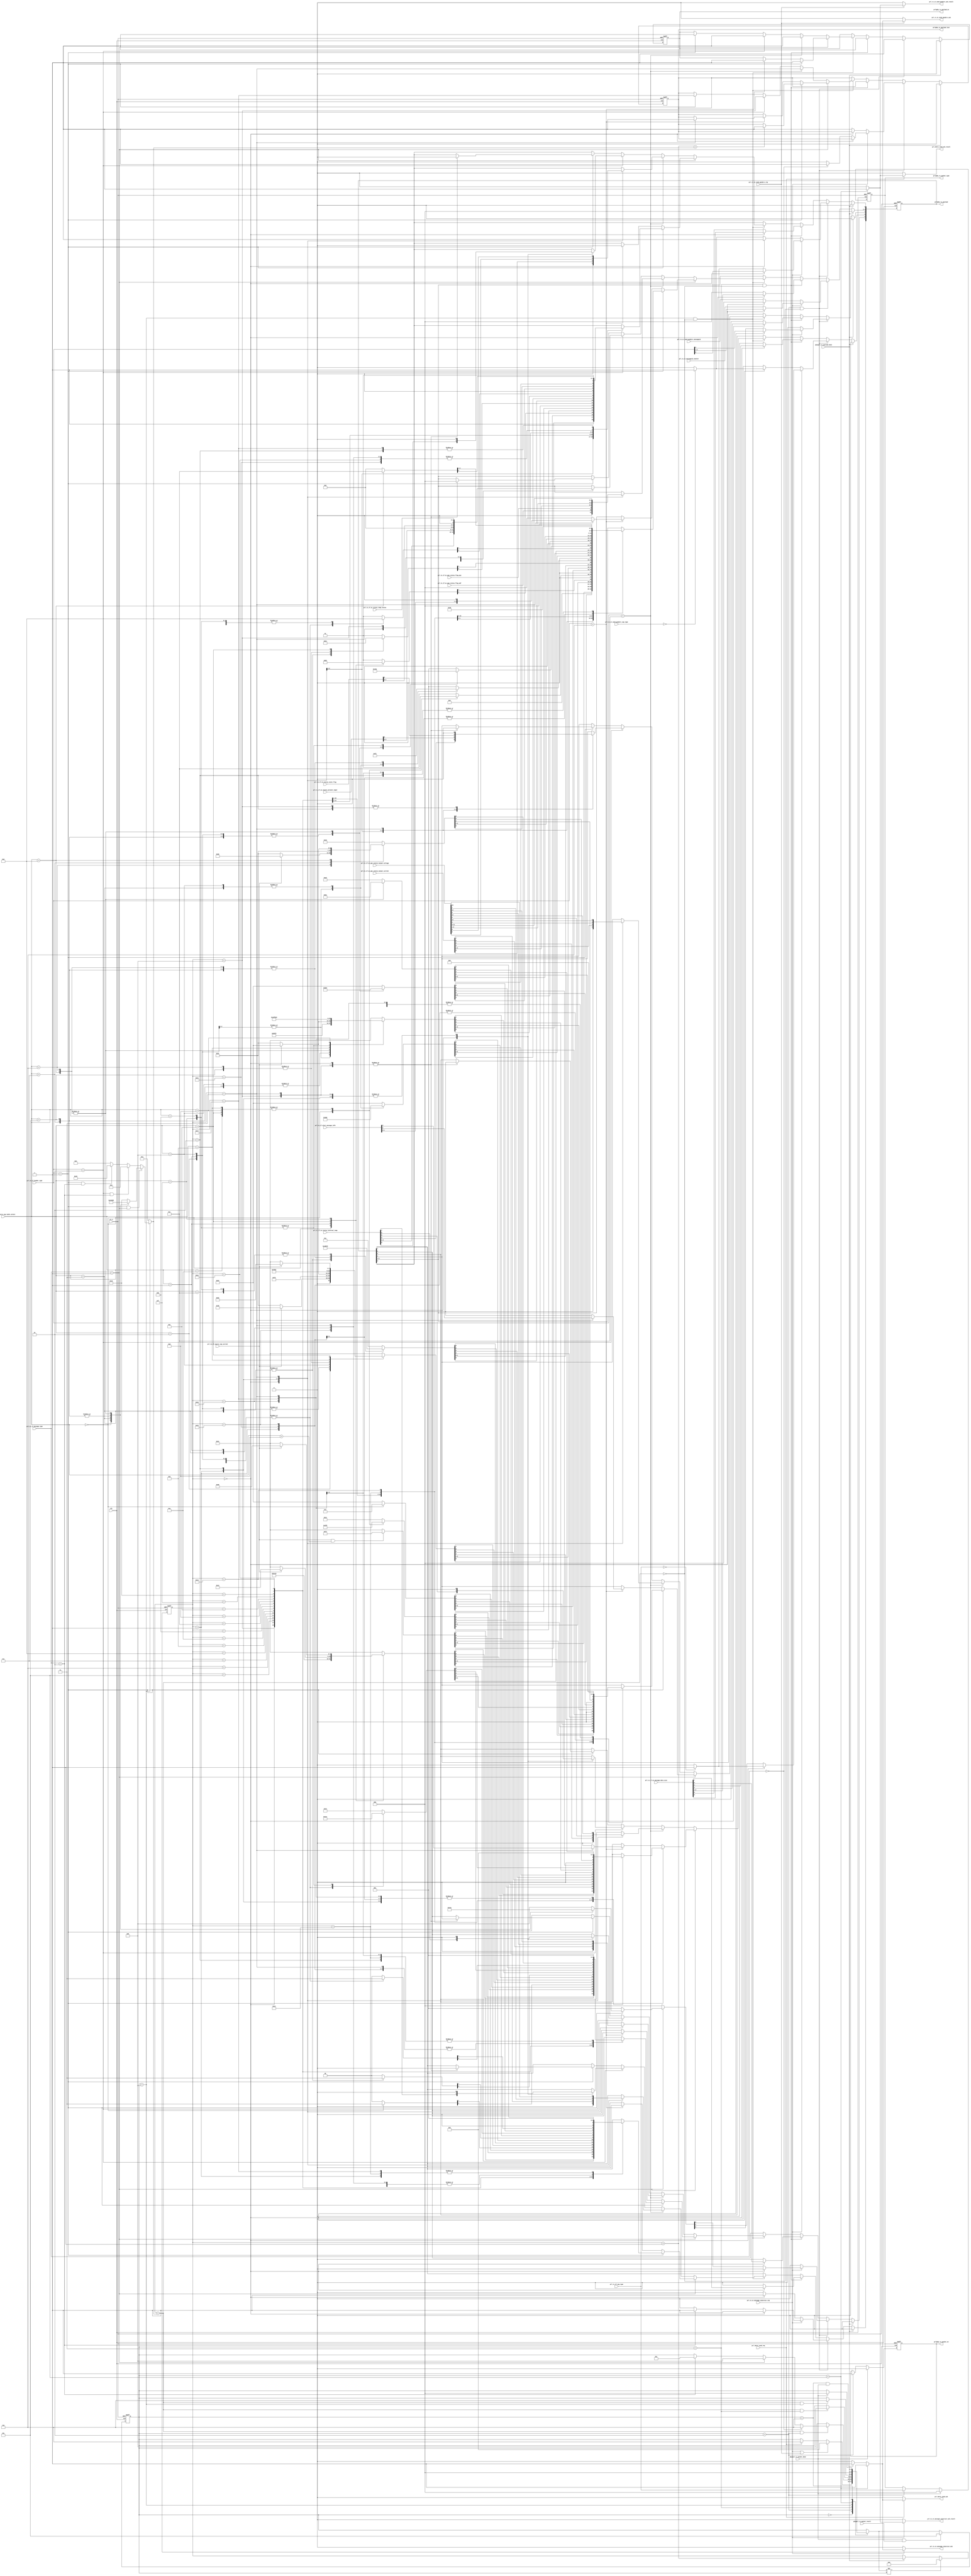
`timescale 1ns / 1ps
//////////////////////////////////////////////////////////////////////////////////
// Company: 
// Engineer: 
// 
// Design Name: 
// Module Name:    prl_tx_message_path 
// Project Name: 
// Target Devices: 
// Tool versions: 
// Description: 
//
// Dependencies: 
//
// Revision: 
// Revision 0.01 - File Created
// Additional Comments: 
//
//////////////////////////////////////////////////////////////////////////////////
module prl_tx_message_path(
    clk,
    rst_n,

    //prl&phy tx control if
    prl2phy_tx_packet_en,
    prl2phy_tx_packet_type,
    phy2prl_tx_packet_done,
    phy2prl_tx_packet_result,

    //prl&phy tx data if
    prl2phy_tx_payload_en,
    prl2phy_tx_payload,
    prl2phy_tx_payload_last,
    phy2prl_tx_payload_done,

    //prl tx if message decode 
    prl_tx_if_sop_type,
    prl_tx_if_message_type,
    prl_tx_if_header_type,


    prl_tx_if_source_cap_table_select,
    prl_tx_if_source_cap_current,

    prl_tx_if_alert_message_info,

    prl_tx_if_ex_message_data_size,

    prl_tx_if_ex_pps_status_flag_omf,
    prl_tx_if_ex_pps_status_flag_ptp,
    prl_tx_if_ex_pps_status_output_current,
    prl_tx_if_ex_pps_status_output_voltage,

    prl_tx_if_ex_status_temp_status,
    prl_tx_if_ex_status_event_flag,
    prl_tx_if_ex_status_present_input,
    prl_tx_if_ex_status_internal_temp,

    //prl tx st signal
    prl_tx_st_message_construct_req,
    prl_tx_st_messageid_counter,
    prl_tx_st_message_construct_ack,
    prl_tx_st_message_construct_ack_result,

    //prl rx construct signal
    prl_rx_st_send_goodcrc_req,
    prl_rx_st_send_goodcrc_sop_type,
    prl_rx_st_send_goodcrc_messageid,
    prl_rx_st_send_goodcrc_ack,
    prl_rx_st_send_goodcrc_ack_result,

    //prl hdrst construct signal
    prl_hdrst_send_req,
    prl_hdrst_send_ack,
    prl_hdrst_send_ack_result
);

input              clk;
input              rst_n;

//prl&phy tx control if
output             prl2phy_tx_packet_en;
output   [ 2:0]    prl2phy_tx_packet_type;
input              phy2prl_tx_packet_done;
input              phy2prl_tx_packet_result;

output             prl2phy_tx_payload_en;
output   [ 7:0]    prl2phy_tx_payload;
output             prl2phy_tx_payload_last;
input              phy2prl_tx_payload_done;

//prl tx if message decode 
input    [ 2:0]    prl_tx_if_sop_type;
input    [ 1:0]    prl_tx_if_message_type;
input    [ 4:0]    prl_tx_if_header_type;

input    [ 3:0]    prl_tx_if_source_cap_table_select;
input              prl_tx_if_source_cap_current;

input    [ 3:0]    prl_tx_if_alert_message_info;

input    [ 8:0]    prl_tx_if_ex_message_data_size;

input              prl_tx_if_ex_pps_status_flag_omf;
input              prl_tx_if_ex_pps_status_flag_ptp;
input    [ 7:0]    prl_tx_if_ex_pps_status_output_current;
input    [15:0]    prl_tx_if_ex_pps_status_output_voltage;

input    [ 1:0]    prl_tx_if_ex_status_temp_status;
input    [ 2:0]    prl_tx_if_ex_status_event_flag;
input    [ 3:0]    prl_tx_if_ex_status_present_input;
input    [ 7:0]    prl_tx_if_ex_status_internal_temp;
//prl tx st signal
input              prl_tx_st_message_construct_req;
input    [ 2:0]    prl_tx_st_messageid_counter;
output             prl_tx_st_message_construct_ack;
output             prl_tx_st_message_construct_ack_result;


//prl rx construct signal
input              prl_rx_st_send_goodcrc_req;
input    [ 1:0]    prl_rx_st_send_goodcrc_sop_type;
input    [ 2:0]    prl_rx_st_send_goodcrc_messageid;
output             prl_rx_st_send_goodcrc_ack;
output             prl_rx_st_send_goodcrc_ack_result;


//prl hdrst construct signal
input              prl_hdrst_send_req;
output             prl_hdrst_send_ack;
output             prl_hdrst_send_ack_result;



localparam PRL_TX_CONSTRUCT_IDLE                   = 3'h0;
localparam PRL_TX_CONSTRUCT_MESSAGE_HEADER         = 3'h2;
localparam PRL_TX_CONSTRUCT_MESSAGE_EXTENDED       = 3'h3;
localparam PRL_TX_CONSTRUCT_MESSAGE_DATA           = 3'h4;
localparam PRL_TX_CONSTRUCT_ERROR                  = 3'h5;
localparam PRL_TX_CONSTRUCT_DONE                   = 3'h6;

reg                prl2phy_tx_packet_en;
reg      [ 2:0]    prl2phy_tx_packet_type;
reg                prl2phy_tx_payload_en;

reg                prl_tx_st_message_construct_ack;
reg                prl_tx_st_message_construct_ack_result;
reg                prl_rx_st_send_goodcrc_ack;
reg                prl_rx_st_send_goodcrc_ack_result;
reg                prl_hdrst_send_ack;
reg                prl_hdrst_send_ack_result;

reg                [7:0] prl2phy_tx_payload;
reg                prl2phy_tx_payload_last;
wire               phy2prl_tx_payload_done;

reg                [4:0] prl_tx_construct_payload_cnt;
reg                [4:0] prl_tx_construct_payload_size;
wire               prl_tx_construct_payload_cnt_done;

reg                [2:0] prl_tx_construct_data_size;

reg                [2:0] prl_tx_construct_cur_st;
reg                [2:0] prl_tx_construct_nxt_st;
wire               prl_tx_construct_st_change;

wire               prl_tx_construct_st_is_idle;
wire               prl_tx_construct_st_is_control_message;
wire               prl_tx_construct_st_is_data_message;
wire               prl_tx_construct_st_is_extended_message;
wire               prl_tx_construct_st_is_error;
wire               prl_tx_construct_st_is_done;

wire               [1:0] prl_tx_if_message_type;
wire               [4:0] prl_tx_if_header_type;

wire               prl_tx_construct_message_extended_done;
wire               prl_tx_construct_message_data_done;
wire               prl_tx_construct_message_header_done;

//Capabilities Message 
reg                [31:0] prl_tx_construct_source_cap_data0;
reg                [31:0] prl_tx_construct_source_cap_data1;
reg                [31:0] prl_tx_construct_source_cap_data2;
reg                [31:0] prl_tx_construct_source_cap_data3;
reg                [31:0] prl_tx_construct_source_cap_data4;
reg                [31:0] prl_tx_construct_source_cap_data5;


//========================================================================================
//========================================================================================
//               PRL Message Construct State Machine
//========================================================================================
//========================================================================================

always @(posedge clk or negedge rst_n) begin
       if(!rst_n) begin
              prl_tx_construct_cur_st <= PRL_TX_CONSTRUCT_IDLE;
       end
       else if(phy2prl_tx_packet_done && phy2prl_tx_packet_result) begin
              prl_tx_construct_cur_st <= PRL_TX_CONSTRUCT_ERROR;
       end
       else begin
              prl_tx_construct_cur_st <= prl_tx_construct_nxt_st;
       end
end

assign prl_tx_construct_st_change = (prl_tx_construct_nxt_st != prl_tx_construct_cur_st);
assign prl_tx_construct_st_is_idle             = (prl_tx_construct_cur_st == PRL_TX_CONSTRUCT_IDLE);
assign prl_tx_construct_st_is_control_message  = (prl_tx_construct_cur_st == PRL_TX_CONSTRUCT_MESSAGE_HEADER);
assign prl_tx_construct_st_is_data_message     = (prl_tx_construct_cur_st == PRL_TX_CONSTRUCT_MESSAGE_DATA);
assign prl_tx_construct_st_is_extended_message = (prl_tx_construct_cur_st == PRL_TX_CONSTRUCT_MESSAGE_EXTENDED);
assign prl_tx_construct_st_is_error            = (prl_tx_construct_cur_st == PRL_TX_CONSTRUCT_ERROR);
assign prl_tx_construct_st_is_done             = (prl_tx_construct_cur_st == PRL_TX_CONSTRUCT_DONE);

always @(*) begin
        prl_tx_construct_nxt_st = prl_tx_construct_cur_st;

        case(prl_tx_construct_cur_st)
          PRL_TX_CONSTRUCT_IDLE: begin
            if(prl_tx_st_message_construct_req || prl_rx_st_send_goodcrc_req) begin
               prl_tx_construct_nxt_st = PRL_TX_CONSTRUCT_MESSAGE_HEADER;
            end
            else if(prl_hdrst_send_req ) begin
               prl_tx_construct_nxt_st = PRL_TX_CONSTRUCT_DONE;
            end
          end
          PRL_TX_CONSTRUCT_MESSAGE_HEADER: begin
            if(prl_tx_construct_message_header_done) begin
               if(prl_tx_if_message_type == 2'h0) begin  //control message
                  prl_tx_construct_nxt_st = PRL_TX_CONSTRUCT_DONE;
               end
               else if(prl_tx_if_message_type == 2'h1) begin  //data message
                  prl_tx_construct_nxt_st = PRL_TX_CONSTRUCT_MESSAGE_DATA;
               end
               else if(prl_tx_if_message_type == 2'h2) begin  //extended message
                  prl_tx_construct_nxt_st = PRL_TX_CONSTRUCT_MESSAGE_EXTENDED;
               end
            end
          end
          PRL_TX_CONSTRUCT_MESSAGE_EXTENDED: begin
            if(prl_tx_construct_message_extended_done) begin
               prl_tx_construct_nxt_st = PRL_TX_CONSTRUCT_MESSAGE_DATA;
            end
          end
          PRL_TX_CONSTRUCT_MESSAGE_DATA: begin
            if(prl_tx_construct_message_data_done) begin
               prl_tx_construct_nxt_st = PRL_TX_CONSTRUCT_DONE;
            end
          end
          PRL_TX_CONSTRUCT_ERROR: begin
               prl_tx_construct_nxt_st = PRL_TX_CONSTRUCT_IDLE;
          end
          PRL_TX_CONSTRUCT_DONE: begin
            if(phy2prl_tx_packet_done) begin
               prl_tx_construct_nxt_st = PRL_TX_CONSTRUCT_IDLE;
            end
          end
	  default;
        endcase
end

//tx construct control signal genereate
always @(posedge clk or negedge rst_n) begin
       if(!rst_n) begin
              prl_tx_construct_payload_cnt <= 5'h0;
       end
       else if(prl_tx_construct_st_change) begin
              prl_tx_construct_payload_cnt <= 5'h0;
       end
       else if(phy2prl_tx_payload_done) begin
              prl_tx_construct_payload_cnt <= prl_tx_construct_payload_cnt + 1'h1;
       end
end

assign prl_tx_construct_payload_cnt_done = (prl_tx_construct_payload_cnt == prl_tx_construct_payload_size);

always @(*) begin
        prl_tx_construct_payload_size = 5'h2;

       if(prl_tx_construct_st_is_data_message) begin
          if((prl_tx_if_header_type == 5'b0_0001) && (prl_tx_if_message_type == 2'h1)) begin   //source capbility
             case(prl_tx_if_source_cap_table_select)
                4'h0: begin
                   prl_tx_construct_payload_size = 5'd8;
                end
                4'h3: begin
                   prl_tx_construct_payload_size = 5'd12;
                end
                4'h5,4'h7: begin
                   prl_tx_construct_payload_size = 5'd20;
                end
                4'h6,4'h8: begin
                   prl_tx_construct_payload_size = 5'd24;
                end
                default: begin
                   prl_tx_construct_payload_size = 5'd16;
                end
             endcase
          end
          else if((prl_tx_if_header_type == 5'b0_0010) && (prl_tx_if_message_type == 2'h2)) begin   //status message 
                   prl_tx_construct_payload_size = 5'd5;
          end
          else if((prl_tx_if_header_type == 5'b0_0001) && (prl_tx_if_message_type == 2'h2)) begin   //source cap extended message 
                   prl_tx_construct_payload_size = 5'd24;
          end
          else begin
             prl_tx_construct_payload_size = 5'd4;
          end
       end
end


assign prl_tx_construct_message_header_done   = (prl_tx_construct_payload_cnt_done && prl_tx_construct_st_is_control_message);
assign prl_tx_construct_message_data_done     = (prl_tx_construct_payload_cnt_done && prl_tx_construct_st_is_data_message);
assign prl_tx_construct_message_extended_done = (prl_tx_construct_payload_cnt_done && prl_tx_construct_st_is_extended_message);


always @(*) begin
        prl_tx_construct_data_size = 3'h0;

       if(prl_tx_if_message_type == 2'h1) begin
          if(prl_tx_if_header_type == 5'b0_0001) begin   //source capbility
             case(prl_tx_if_source_cap_table_select)
                4'h0: begin
                   prl_tx_construct_data_size = 3'd2;
                end
                4'h3: begin
                   prl_tx_construct_data_size = 3'd3;
                end
                4'h5,4'h7: begin
                   prl_tx_construct_data_size = 3'd5;
                end
                4'h6,4'h8: begin
                   prl_tx_construct_data_size = 3'd6;
                end
                default: begin
                   prl_tx_construct_data_size = 3'd4;
                end
             endcase
          end
          else begin
             prl_tx_construct_data_size = 3'd1;
          end
       end
end

//========================================================================================
//========================================================================================
//               PRL Construct Message & ST IF
//========================================================================================
//========================================================================================
always @(*) begin

              prl_tx_st_message_construct_ack          = 1'h0;
              prl_tx_st_message_construct_ack_result   = 1'h0;

       if(prl_tx_st_message_construct_req) begin
           //if(!prl_tx_construct_st_is_idle) begin
           //       prl_tx_st_message_construct_ack          = 1'h1;
           //       prl_tx_st_message_construct_ack_result   = 1'h1;
           //end
           if(prl_tx_construct_st_is_error) begin
                  prl_tx_st_message_construct_ack          = 1'h1;
                  prl_tx_st_message_construct_ack_result   = 1'h1;
           end
           else if(prl_tx_construct_st_is_done && phy2prl_tx_packet_done) begin
                  prl_tx_st_message_construct_ack          = 1'h1;
           end
       end
end


always @(*) begin

              prl_rx_st_send_goodcrc_ack          = 1'h0;
              prl_rx_st_send_goodcrc_ack_result   = 1'h0;

       if(prl_rx_st_send_goodcrc_req) begin
           //if(!prl_tx_construct_st_is_idle) begin
           //       prl_rx_st_send_goodcrc_ack          = 1'h1;
           //       prl_rx_st_send_goodcrc_ack_result   = 1'h1;
           //end
           if(prl_tx_construct_st_is_error) begin
                  prl_rx_st_send_goodcrc_ack          = 1'h1;
                  prl_rx_st_send_goodcrc_ack_result   = 1'h1;
           end
           else if(prl_tx_construct_st_is_done && phy2prl_tx_packet_done) begin
                  prl_rx_st_send_goodcrc_ack          = 1'h1;
           end
       end
end


always @(*) begin

              prl_hdrst_send_ack                  = 1'h0;
              prl_hdrst_send_ack_result           = 1'h0;

       if(prl_hdrst_send_req) begin
           //if(!prl_tx_construct_st_is_idle) begin
           //       prl_hdrst_send_ack                  = 1'h1;
           //       prl_hdrst_send_ack_result           = 1'h1;
           //end
           if(prl_tx_construct_st_is_error) begin
                  prl_hdrst_send_ack                  = 1'h1;
                  prl_hdrst_send_ack_result           = 1'h1;
           end
           else if(prl_tx_construct_st_is_done && phy2prl_tx_packet_done) begin
                  prl_hdrst_send_ack                  = 1'h1;
           end
       end
end



//========================================================================================
//========================================================================================
//               PRL Construct Message & PHY IF
//========================================================================================
//========================================================================================
always @(posedge clk or negedge rst_n) begin
       if(!rst_n) begin
              prl2phy_tx_packet_en    <= 1'h0;
              prl2phy_tx_packet_type  <= 3'h0;
       end
       else if(phy2prl_tx_packet_done) begin
              prl2phy_tx_packet_en    <= 1'h0;
              prl2phy_tx_packet_type  <= 3'h0;
       end
       else if(prl_tx_construct_st_is_control_message ) begin
           //if(prl_hdrst_send_req || prl_tx_st_message_construct_req || prl_rx_st_send_goodcrc_req) begin
              prl2phy_tx_packet_en    <= 1'h1;
              prl2phy_tx_packet_type  <= prl_tx_if_sop_type;
           //end
       end
end


//========================================================================================
//========================================================================================
//               PRL Construct Message 
//========================================================================================
//========================================================================================

always @(posedge clk or negedge rst_n) begin
       if(!rst_n) begin
              prl2phy_tx_payload_en   <= 1'h0;
              prl2phy_tx_payload      <= 8'h0;
              prl2phy_tx_payload_last <= 1'h0;
       end
       else if(phy2prl_tx_payload_done) begin
              prl2phy_tx_payload_en   <= 1'h0;
              prl2phy_tx_payload      <= 8'h0;
              prl2phy_tx_payload_last <= 1'h0;
       end
       else if(prl_tx_construct_st_is_control_message && !prl_tx_construct_payload_cnt_done ) begin  //Control Message Header
           if(prl_tx_st_message_construct_req) begin
                if(prl_tx_construct_payload_cnt == 5'd0) begin
                    prl2phy_tx_payload_en        <= 1'h1;
                    prl2phy_tx_payload[4:0]      <= prl_tx_if_header_type;
                    prl2phy_tx_payload[5]        <= (prl_tx_if_sop_type == 3'h0)? 1'b1 : 1'b0;       //DFP
                    prl2phy_tx_payload[7:6]      <= 2'b10;
                end
	        else begin
                    prl2phy_tx_payload_en        <= 1'h1;
                    prl2phy_tx_payload[0]        <= (prl_tx_if_sop_type == 3'h0)? 1'b1 : 1'b0;       //Source 
                    prl2phy_tx_payload[3:1]      <= prl_tx_st_messageid_counter;
                    prl2phy_tx_payload[6:4]      <= prl_tx_construct_data_size;
                    prl2phy_tx_payload[7]        <= (prl_tx_if_message_type == 2'h2)? 1'b1 : 1'b0;       //extended message 
                    prl2phy_tx_payload_last      <= (prl_tx_if_message_type == 2'h0) ? 1'h1 : 1'b0;
                end
           end
	   else begin
                if(prl_tx_construct_payload_cnt == 5'd0) begin
                    prl2phy_tx_payload_en        <= 1'h1;
                    prl2phy_tx_payload[4:0]      <= 5'b0_0001;
                    prl2phy_tx_payload[5]        <= (prl_rx_st_send_goodcrc_sop_type == 2'h0)? 1'b1 : 1'b0;       //DFP
                    prl2phy_tx_payload[7:6]      <= 2'b10;
                end
	        else begin
                    prl2phy_tx_payload_en        <= 1'h1;
                    prl2phy_tx_payload[0]        <= (prl_rx_st_send_goodcrc_sop_type == 2'h0)? 1'b1 : 1'b0;       //Source 
                    prl2phy_tx_payload[3:1]      <= prl_rx_st_send_goodcrc_messageid;
                    prl2phy_tx_payload[6:4]      <= 3'h0;
                    prl2phy_tx_payload[7]        <= 1'b0;
                    prl2phy_tx_payload_last      <= 1'h1;
                end
           end


       end
       else if(prl_tx_construct_st_is_extended_message && !prl_tx_construct_payload_cnt_done ) begin  //Extended Message Header
          if(prl_tx_construct_payload_cnt == 5'd0) begin
              prl2phy_tx_payload_en        <= 1'h1;
              prl2phy_tx_payload[7:0]      <= prl_tx_if_ex_message_data_size[7:0];
          end
	  else begin
              prl2phy_tx_payload_en        <= 1'h1;
              prl2phy_tx_payload[0]        <= prl_tx_if_ex_message_data_size[8];
              prl2phy_tx_payload[7:1]      <= 7'h0;
          end
       end
       else if(prl_tx_construct_st_is_data_message && !prl_tx_construct_payload_cnt_done ) begin  //Data Message Header
           if(prl_tx_if_message_type == 2'h1) begin  //data message
               if(prl_tx_if_header_type == 5'b0_0001) begin  //source cap
                        prl2phy_tx_payload_en        <= 1'h1;

                        if((prl_tx_construct_payload_cnt + 1'b1) == prl_tx_construct_payload_size) begin  //source cap
                                prl2phy_tx_payload_last        <= 1'h1;
                        end


                        case(prl_tx_construct_payload_cnt) 
	                             5'd0 : prl2phy_tx_payload           <= prl_tx_construct_source_cap_data0[7:0];
	                             5'd1 : prl2phy_tx_payload           <= prl_tx_construct_source_cap_data0[15:8];
	                             5'd2 : prl2phy_tx_payload           <= prl_tx_construct_source_cap_data0[23:16];
	                             5'd3 : prl2phy_tx_payload           <= prl_tx_construct_source_cap_data0[31:24];
	                             5'd4 : prl2phy_tx_payload           <= prl_tx_construct_source_cap_data1[7:0];
	                             5'd5 : prl2phy_tx_payload           <= prl_tx_construct_source_cap_data1[15:8];
	                             5'd6 : prl2phy_tx_payload           <= prl_tx_construct_source_cap_data1[23:16];
	                             5'd7 : prl2phy_tx_payload           <= prl_tx_construct_source_cap_data1[31:24];
	                             5'd8 : prl2phy_tx_payload           <= prl_tx_construct_source_cap_data2[7:0];
	                             5'd9 : prl2phy_tx_payload           <= prl_tx_construct_source_cap_data2[15:8];
	                             5'd10: prl2phy_tx_payload           <= prl_tx_construct_source_cap_data2[23:16];
	                             5'd11: prl2phy_tx_payload           <= prl_tx_construct_source_cap_data2[31:24];
	                             5'd12: prl2phy_tx_payload           <= prl_tx_construct_source_cap_data3[7:0];
	                             5'd13: prl2phy_tx_payload           <= prl_tx_construct_source_cap_data3[15:8];
	                             5'd14: prl2phy_tx_payload           <= prl_tx_construct_source_cap_data3[23:16];
	                             5'd15: prl2phy_tx_payload           <= prl_tx_construct_source_cap_data3[31:24];
	                             5'd16: prl2phy_tx_payload           <= prl_tx_construct_source_cap_data4[7:0];
	                             5'd17: prl2phy_tx_payload           <= prl_tx_construct_source_cap_data4[15:8];
	                             5'd18: prl2phy_tx_payload           <= prl_tx_construct_source_cap_data4[23:16];
	                             5'd19: prl2phy_tx_payload           <= prl_tx_construct_source_cap_data4[31:24];
	                             5'd20: prl2phy_tx_payload           <= prl_tx_construct_source_cap_data5[7:0];
	                             5'd21: prl2phy_tx_payload           <= prl_tx_construct_source_cap_data5[15:8];
	                             5'd22: prl2phy_tx_payload           <= prl_tx_construct_source_cap_data5[23:16];
	                             5'd23: prl2phy_tx_payload           <= prl_tx_construct_source_cap_data5[31:24];
                                     default;
	                endcase
               end
               else if(prl_tx_if_header_type == 5'b0_0110) begin //alert
                        if(prl_tx_construct_payload_cnt == 5'd3) begin //alert
                                 prl2phy_tx_payload_en        <= 1'h1;
                                 prl2phy_tx_payload           <= {2'h0, prl_tx_if_alert_message_info, 2'h0};
                                 prl2phy_tx_payload_last      <= 1'h1;
                        end
			else begin
                                 prl2phy_tx_payload_en        <= 1'h1;
                                 prl2phy_tx_payload           <= 8'h0;
                        end
               end
           end
	   else begin //extended message
               if(prl_tx_if_header_type == 5'b0_1100) begin  //pps status
                        prl2phy_tx_payload_en        <= 1'h1;

                        case(prl_tx_construct_payload_cnt) 
	                             5'd0 : prl2phy_tx_payload           <= {4'h0, prl_tx_if_ex_pps_status_flag_omf, prl_tx_if_ex_pps_status_flag_ptp, 1'b0};
	                             5'd1 : prl2phy_tx_payload           <= prl_tx_if_ex_pps_status_output_current;
	                             5'd2 : prl2phy_tx_payload           <= prl_tx_if_ex_pps_status_output_voltage[7:0];
	                             5'd3 : prl2phy_tx_payload           <= prl_tx_if_ex_pps_status_output_voltage[15:8];
                                     default;
	                endcase

                        prl2phy_tx_payload_last      <= (prl_tx_construct_payload_cnt == 5'd3);
               end
               else if(prl_tx_if_header_type == 5'b0_0010) begin  //status
                        prl2phy_tx_payload_en        <= 1'h1;

                        case(prl_tx_construct_payload_cnt) 
	                             5'd0 : prl2phy_tx_payload           <= prl_tx_if_ex_status_internal_temp;
	                             5'd1 : prl2phy_tx_payload           <= {3'h0, prl_tx_if_ex_status_present_input, 1'b0};
	                             5'd2 : prl2phy_tx_payload           <= 8'h0;
	                             5'd3 : prl2phy_tx_payload           <= {3'h0, prl_tx_if_ex_status_event_flag[2], 1'b0, prl_tx_if_ex_status_event_flag[1:0], 1'b0}; 
	                             5'd4 : prl2phy_tx_payload           <= {5'h0, prl_tx_if_ex_status_temp_status[1:0], 1'b0};  
                                     default;
	                endcase

                        prl2phy_tx_payload_last      <= (prl_tx_construct_payload_cnt == 5'd4);
               end
               else if(prl_tx_if_header_type == 5'b0_0001) begin  //source cap extended message
                        prl2phy_tx_payload_en        <= 1'h1;

                        case(prl_tx_construct_payload_cnt) 
	                             5'd0 : prl2phy_tx_payload           <= 8'h0;
	                             5'd1 : prl2phy_tx_payload           <= 8'h0;
	                             5'd2 : prl2phy_tx_payload           <= 8'h0;
	                             5'd3 : prl2phy_tx_payload           <= 8'h0;
	                             5'd4 : prl2phy_tx_payload           <= 8'h0;
	                             5'd5 : prl2phy_tx_payload           <= 8'h0;
	                             5'd6 : prl2phy_tx_payload           <= 8'h0;
	                             5'd7 : prl2phy_tx_payload           <= 8'h0;
	                             5'd8 : prl2phy_tx_payload           <= 8'h0;
	                             5'd9 : prl2phy_tx_payload           <= 8'h0;
	                             5'd10: prl2phy_tx_payload           <= 8'h0;
	                             5'd11: prl2phy_tx_payload           <= 8'h0;
	                             5'd12: prl2phy_tx_payload           <= 8'h0;
	                             5'd13: prl2phy_tx_payload           <= 8'h0;
	                             5'd14: prl2phy_tx_payload           <= 8'h0;
	                             5'd15: prl2phy_tx_payload           <= 8'h0;
	                             5'd16: prl2phy_tx_payload           <= 8'h0;
	                             5'd17: prl2phy_tx_payload           <= 8'h0;
	                             5'd18: prl2phy_tx_payload           <= 8'h0;
	                             5'd19: prl2phy_tx_payload           <= 8'h0;
	                             5'd20: prl2phy_tx_payload           <= 8'h0;
	                             5'd21: prl2phy_tx_payload           <= 8'h0;
	                             5'd22: prl2phy_tx_payload           <= 8'h0;
	                             5'd23: prl2phy_tx_payload           <= 8'h0;
                                     default;
	                endcase

                        prl2phy_tx_payload_last      <= (prl_tx_construct_payload_cnt == 5'd23);
               end
           end
       end
end


//========================================================================================
//========================================================================================
//               PRL Construct Source Cap Message 
//========================================================================================
//========================================================================================

always @(*) begin
        prl_tx_construct_source_cap_data0[31:30] = 2'd0;
        prl_tx_construct_source_cap_data0[29:20] = 10'd100;
        prl_tx_construct_source_cap_data0[19:10] = 10'd100;  //5V
        prl_tx_construct_source_cap_data0[9:0]   = 10'd300;  //3A

       if(prl_tx_if_source_cap_current && (prl_tx_if_source_cap_table_select > 4'd13)) begin  
            prl_tx_construct_source_cap_data0[9:0]   = 10'd500;
       end


end


always @(*) begin
        prl_tx_construct_source_cap_data1[31:30] = 2'd0;
        prl_tx_construct_source_cap_data1[29:20] = 10'd100;
        prl_tx_construct_source_cap_data1[19:10] = 10'd180;  //9V
        prl_tx_construct_source_cap_data1[9:0]   = 10'd300;  //3A

       case(prl_tx_if_source_cap_table_select) 
          4'h0: begin
               prl_tx_construct_source_cap_data1[31:30] = 2'd3;
               prl_tx_construct_source_cap_data1[29:17] = 13'd59;   //5.9V
               prl_tx_construct_source_cap_data1[16:8]  = 9'd30;    //3V
               prl_tx_construct_source_cap_data1[7:0]   = 8'd60;    //3A
          end
          4'h1: begin
              prl_tx_construct_source_cap_data1[31:30] = 2'd0;
              prl_tx_construct_source_cap_data1[29:20] = 10'd100;
              prl_tx_construct_source_cap_data1[19:10] = 10'd180;  //9V
              prl_tx_construct_source_cap_data1[9:0]   = 10'd200;  //2A
          end
          4'h9, 4'ha, 4'hd: begin
              prl_tx_construct_source_cap_data1[31:30] = 2'd0;
              prl_tx_construct_source_cap_data1[29:20] = 10'd100;
              prl_tx_construct_source_cap_data1[19:10] = 10'd120;  //6V
              prl_tx_construct_source_cap_data1[9:0]   = 10'd300;  //3A
          end
          4'he: begin
              prl_tx_construct_source_cap_data1[31:30] = 2'd0;
              prl_tx_construct_source_cap_data1[29:20] = 10'd100;
              prl_tx_construct_source_cap_data1[19:10] = 10'd120;  //6V
              prl_tx_construct_source_cap_data1[9:0]   = (prl_tx_if_source_cap_current) ? 10'd450 : 10'd300;  //4.5A
          end
          4'hf: begin
              prl_tx_construct_source_cap_data1[31:30] = 2'd0;
              prl_tx_construct_source_cap_data1[29:20] = 10'd100;
              prl_tx_construct_source_cap_data1[19:10] = 10'd180;  //9V
              prl_tx_construct_source_cap_data1[9:0]   = (prl_tx_if_source_cap_current) ? 10'd400 : 10'd300;  //4A
          end
          default;
       endcase

end


always @(*) begin
        prl_tx_construct_source_cap_data2[31:30] = 2'd0;
        prl_tx_construct_source_cap_data2[29:20] = 10'd100;
        prl_tx_construct_source_cap_data2[19:10] = 10'd140;  //7V
        prl_tx_construct_source_cap_data2[9:0]   = 10'd300;  //3A

       case(prl_tx_if_source_cap_table_select) 
          4'h1: begin
               prl_tx_construct_source_cap_data2[31:30] = 2'd3;
               prl_tx_construct_source_cap_data2[29:17] = 13'd59;   //5.9V
               prl_tx_construct_source_cap_data2[16:8]  = 9'd30;    //3V
               prl_tx_construct_source_cap_data2[7:0]   = 8'd60;    //3A
          end
          4'h2: begin
               prl_tx_construct_source_cap_data2[31:30] = 2'd3;
               prl_tx_construct_source_cap_data2[29:17] = 13'd59;   //5.9V
               prl_tx_construct_source_cap_data2[16:8]  = 9'd30;    //3V
               prl_tx_construct_source_cap_data2[7:0]   = (prl_tx_if_source_cap_current) ? 8'd72 : 8'd60;    //3.6A
          end
          4'h3: begin
               prl_tx_construct_source_cap_data2[31:30] = 2'd3;
               prl_tx_construct_source_cap_data2[29:17] = 13'd110;  //11V
               prl_tx_construct_source_cap_data2[16:8]  = 9'd30;    //3V
               prl_tx_construct_source_cap_data2[7:0]   = 8'd60;    //3A
          end
          4'h4: begin
               prl_tx_construct_source_cap_data2[31:30] = 2'd3;
               prl_tx_construct_source_cap_data2[29:17] = 13'd110;  //11V
               prl_tx_construct_source_cap_data2[16:8]  = 9'd30;    //3V
               prl_tx_construct_source_cap_data2[7:0]   = (prl_tx_if_source_cap_current) ? 8'd100 : 8'd60;   //5A
          end
          4'h5, 4'h6: begin
              prl_tx_construct_source_cap_data2[31:30] = 2'd0;
              prl_tx_construct_source_cap_data2[29:20] = 10'd100;
              prl_tx_construct_source_cap_data2[19:10] = 10'd300;  //15V
              prl_tx_construct_source_cap_data2[9:0]   = 10'd240;  //2.4A
          end
          4'h7, 4'h8: begin
              prl_tx_construct_source_cap_data2[31:30] = 2'd0;
              prl_tx_construct_source_cap_data2[29:20] = 10'd100;
              prl_tx_construct_source_cap_data2[19:10] = 10'd300;  //15V
              prl_tx_construct_source_cap_data2[9:0]   = 10'd300;  //3A
          end
          4'h9: begin
              prl_tx_construct_source_cap_data2[31:30] = 2'd0;
              prl_tx_construct_source_cap_data2[29:20] = 10'd100;
              prl_tx_construct_source_cap_data2[19:10] = 10'd140;  //7V
              prl_tx_construct_source_cap_data2[9:0]   = 10'd257;  //2.57A
          end
          4'hb, 4'hc, 4'hf: begin
              prl_tx_construct_source_cap_data2[31:30] = 2'd0;
              prl_tx_construct_source_cap_data2[29:20] = 10'd100;
              prl_tx_construct_source_cap_data2[19:10] = 10'd240;  //12V
              prl_tx_construct_source_cap_data2[9:0]   = 10'd300;  //3A
          end
          4'he: begin
              prl_tx_construct_source_cap_data2[31:30] = 2'd0;
              prl_tx_construct_source_cap_data2[29:20] = 10'd100;
              prl_tx_construct_source_cap_data2[19:10] = 10'd140;  //7V
              prl_tx_construct_source_cap_data2[9:0]   = (prl_tx_if_source_cap_current) ? 10'd386 : 10'd300;  //3.86A
          end
          default;
       endcase



end


always @(*) begin
        prl_tx_construct_source_cap_data3[31:30] = 2'd0;
        prl_tx_construct_source_cap_data3[29:20] = 10'd100;
        prl_tx_construct_source_cap_data3[19:10] = 10'd180;  //9V
        prl_tx_construct_source_cap_data3[9:0]   = 10'd300;  //3A

       case(prl_tx_if_source_cap_table_select) 
          4'h1, 4'h2: begin
               prl_tx_construct_source_cap_data3[31:30] = 2'd3;
               prl_tx_construct_source_cap_data3[29:17] = 13'd110;  //11V
               prl_tx_construct_source_cap_data3[16:8]  = 9'd30;    //3V
               prl_tx_construct_source_cap_data3[7:0]   = 8'd40;    //2A
          end
          4'h4, 4'h5, 4'h7: begin
               prl_tx_construct_source_cap_data3[31:30] = 2'd3;
               prl_tx_construct_source_cap_data3[29:17] = 13'd110;  //11V
               prl_tx_construct_source_cap_data3[16:8]  = 9'd30;    //3V
               prl_tx_construct_source_cap_data3[7:0]   = 8'd60;    //2A
          end
          4'h6, 4'h8: begin
               prl_tx_construct_source_cap_data3[31:30] = 2'd3;
               prl_tx_construct_source_cap_data3[29:17] = 13'd59;   //11V
               prl_tx_construct_source_cap_data3[16:8]  = 9'd30;    //3V
               prl_tx_construct_source_cap_data3[7:0]   = (prl_tx_if_source_cap_current) ? 8'd100 : 8'd60;   //5A
          end
          4'h9: begin
               prl_tx_construct_source_cap_data3[31:30] = 2'd0;
               prl_tx_construct_source_cap_data3[29:20] = 10'd100;
               prl_tx_construct_source_cap_data3[19:10] = 10'd180;  //9V
               prl_tx_construct_source_cap_data3[9:0]   = 10'd200;  //2A
          end
          4'hb, 4'hf: begin
               prl_tx_construct_source_cap_data3[31:30] = 2'd0;
               prl_tx_construct_source_cap_data3[29:20] = 10'd100;
               prl_tx_construct_source_cap_data3[19:10] = 10'd300;  //15V
               prl_tx_construct_source_cap_data3[9:0]   = 10'd240;  //2.4A
          end
          4'hb: begin
               prl_tx_construct_source_cap_data3[31:30] = 2'd0;
               prl_tx_construct_source_cap_data3[29:20] = 10'd100;
               prl_tx_construct_source_cap_data3[19:10] = 10'd300;  //15V
               prl_tx_construct_source_cap_data3[9:0]   = 10'd300;  //3A
          end
          4'hd: begin
               prl_tx_construct_source_cap_data3[31:30] = 2'd0;
               prl_tx_construct_source_cap_data3[29:20] = 10'd100;
               prl_tx_construct_source_cap_data3[19:10] = 10'd180;  //9V
               prl_tx_construct_source_cap_data3[9:0]   = 10'd278;  //2.78A
          end
          default;
       endcase

end


always @(*) begin
        prl_tx_construct_source_cap_data4[31:30] = 2'd3;
        prl_tx_construct_source_cap_data4[29:17] = 13'd160;  //16V
        prl_tx_construct_source_cap_data4[16:8]  = 9'd30;    //3V
        prl_tx_construct_source_cap_data4[7:0]   = 8'd48;    //2.4A

       case(prl_tx_if_source_cap_table_select) 
          4'h6: begin
               prl_tx_construct_source_cap_data4[31:30] = 2'd3;
               prl_tx_construct_source_cap_data4[29:17] = 13'd110;  //11V
               prl_tx_construct_source_cap_data4[16:8]  = 9'd30;    //3V
               prl_tx_construct_source_cap_data4[7:0]   = (prl_tx_if_source_cap_current) ? 8'd80 : 8'd60;    //4A
          end
          4'h7: begin
               prl_tx_construct_source_cap_data4[31:30] = 2'd3;
               prl_tx_construct_source_cap_data4[29:17] = 13'd160;  //16V
               prl_tx_construct_source_cap_data4[16:8]  = 9'd30;    //3V
               prl_tx_construct_source_cap_data4[7:0]   = 8'd60;    //3A
          end
          4'h8: begin
               prl_tx_construct_source_cap_data4[31:30] = 2'd3;
               prl_tx_construct_source_cap_data4[29:17] = 13'd110;  //11V
               prl_tx_construct_source_cap_data4[16:8]  = 9'd30;    //3V
               prl_tx_construct_source_cap_data4[7:0]   = (prl_tx_if_source_cap_current) ? 8'd100 : 8'd60;    //5A
          end
          default;
       endcase

end

always @(*) begin
        prl_tx_construct_source_cap_data5[31:30] = 2'd3;
        prl_tx_construct_source_cap_data5[29:17] = 13'd160;  //16V
        prl_tx_construct_source_cap_data5[16:8]  = 9'd30;    //3V
        prl_tx_construct_source_cap_data5[7:0]   = 8'd48;    //2.4A

       case(prl_tx_if_source_cap_table_select) 
          4'h8: begin
               prl_tx_construct_source_cap_data5[31:30] = 2'd3;
               prl_tx_construct_source_cap_data5[29:17] = 13'd160;  //16V
               prl_tx_construct_source_cap_data5[16:8]  = 9'd30;    //3V
               prl_tx_construct_source_cap_data5[7:0]   = 8'd60;    //3A
          end
          default;
       endcase
end



endmodule